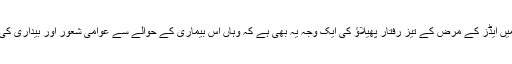
مشرقی تیمور میں ایڈز کے مرض کے تیز رفتار پھیلاؤ کی ایک وجہ یہ بھی ہے کہ وہاں اس بیماری کے حوالے سے عوامی شعور اور بیداری کی بہت کمی ہے۔